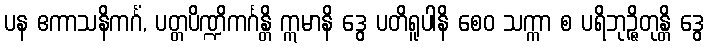
ပန ဧကာသနိကင်္ဂံ, ပတ္တပိဏ္ဍိကင်္ဂန္တိ ဣမာနိ ဒွေ ပတိရူပါနိ စေဝ သက္ကာ စ ပရိဘုဉ္ဇိတုန္တိ ဒွေ